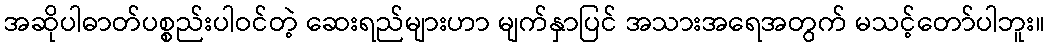
အဆိုပါဓာတ်ပစ္စည်းပါဝင်တဲ့ ဆေးရည်များဟာ မျက်နှာပြင် အသားအရေအတွက် မသင့်တော်ပါဘူး။